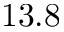
1 3 . 8